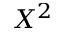
X ^ { 2 }